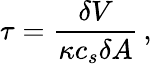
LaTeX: \tau=\frac{\delta V}{\kappa c_{s}\delta A}\, ,